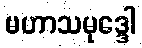
မဟာသမုဒ္ဒေါ